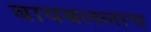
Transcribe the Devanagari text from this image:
बायबललाच